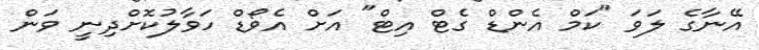
އޭނާގެ ލަވަ "ކަމް އެންޑް ގެޓް އިޓް" އަށް އެވޯޑް ހަވާލުކޮށްދިނީ ވަން